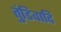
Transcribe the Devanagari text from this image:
तुंडिवादि